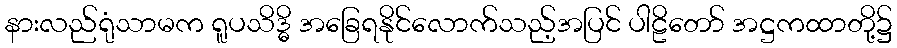
နားလည်ရုံသာမက ရူပသိဒ္ဓိ အခြေရနိုင်လောက်သည့်အပြင် ပါဠိတော် အဋ္ဌကထာတို့၌